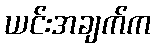
ယင်းအချက်က